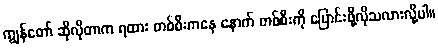
ကျွန်တော် ဆိုလိုတာက ရထား တစ်စီးကနေ နောက် တစ်စီးကို ပြောင်းဖို့လိုသလားလို့ပါ။